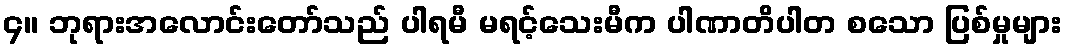
၄။ ဘုရားအလောင်းတော်သည် ပါရမီ မရင့်သေးမီက ပါဏာတိပါတ စသော ပြစ်မှုများ